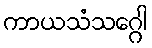
ကာယသံသဂ္ဂေါ